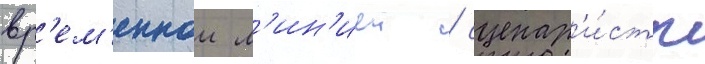
вр'ем'еннои л'ин'иеи / сценар'и́сты